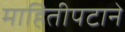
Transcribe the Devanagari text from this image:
माहितीपटाने